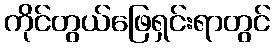
ကိုင်တွယ်ဖြေရှင်းရာတွင်